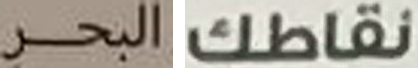
البحر نقاطك